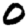
Digit: 0